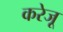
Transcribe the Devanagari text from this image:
करेजू